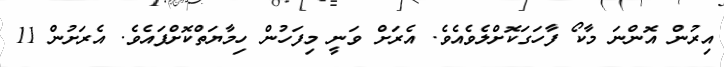
އިރުން އޮންނަ މާކޯ ފާހަގަކޮށްލެވެއެވެ. އެރަށް ވަނީ މިފަހުން ހިމާޔަތްކޮށްފައެވެ. އެރަށުން 11